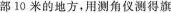
部10米的地方，用测角仪测得旗